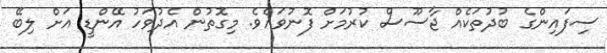
ސިފައިންގެ ބުދުތަކެއް ޖާސޫސް ކުރުމަށް ފޮނުވައެވެ. މިގޮތުން އެދުވަހު އޭންޑީ އަށް ލިބޭ